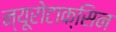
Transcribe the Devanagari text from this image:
न्यूरोटाक्सिन